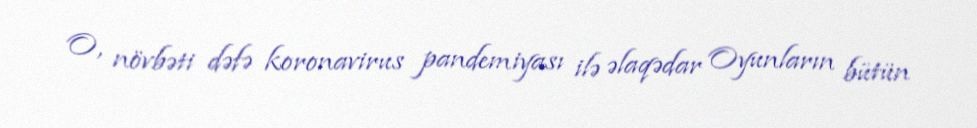
O, növbəti dəfə koronavirus pandemiyası ilə əlaqədar Oyunların bütün